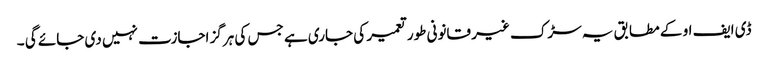
ڈی ایف او کے مطابق یہ سڑک غیر قانونی طور تعمیر کی جاری ہے جس کی ہرگز اجازت نہیں دی جائے گی ۔